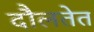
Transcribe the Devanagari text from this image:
दौलतेत